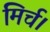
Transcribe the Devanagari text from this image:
मिर्च।